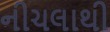
નીચલાથી